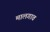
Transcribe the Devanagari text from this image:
मालगाव